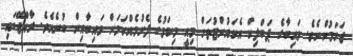
ޖަހަމުންނެވެ. ވައިބާގެ ޕަބްލިކް އެކައުންޓުތަށް މިއީ މިކަމުގެ ފެށުމެއްކަމަށް ވައިބާއިން ބުނެއެވެ. ރާއްޖޭގައި